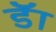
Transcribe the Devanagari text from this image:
डॅा